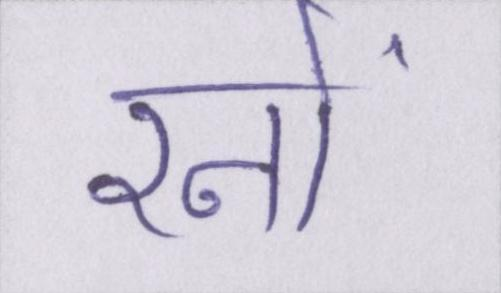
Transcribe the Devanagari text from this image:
रनों